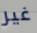
غير